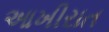
આખીરાત